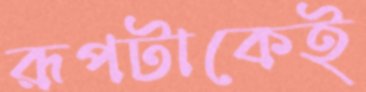
রূপটাকেই